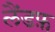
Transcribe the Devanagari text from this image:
लैंडफ़